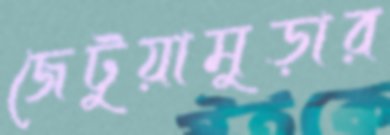
জেটুয়ামুড়ার